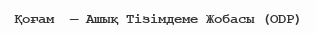
Қоғам  — Ашық Тізімдеме Жобасы (ODP)